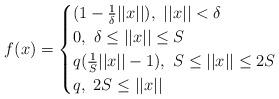
LaTeX: \begin{align*} f(x) = \begin{cases} (1-\frac{1}{\delta}||x||),\ ||x||<\delta\\ 0,\ \delta\leq||x||\leq S\\ q(\frac{1}{S}||x||-1),\ S\leq ||x|| \leq 2S\\ q,\ 2S\leq ||x|| \end{cases}\end{align*}